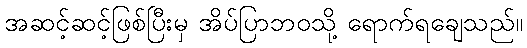
အဆင့်ဆင့်ဖြစ်ပြီးမှ အိပ်ပြာဘဝသို့ ရောက်ရချေသည်။